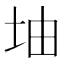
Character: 𡊡